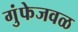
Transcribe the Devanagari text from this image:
गुंफेजवळ